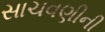
સાચવણીની